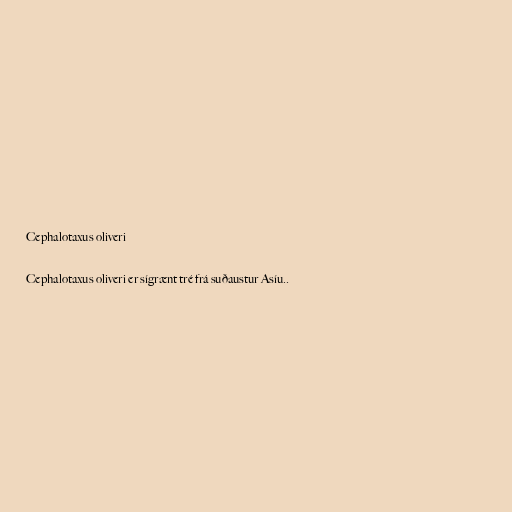
Cephalotaxus oliveri

Cephalotaxus oliveri er sígrænt tré frá suðaustur Asíu..